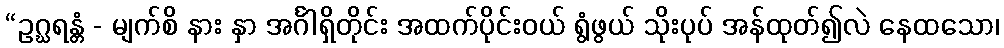
“ဥဂ္ဃရန္တံ - မျက်စိ နား နှာ အင်္ဂါရှိတိုင်း အထက်ပိုင်းဝယ် ရွံဖွယ် သိုးပုပ် အန်ထုတ်၍လဲ နေထသော၊